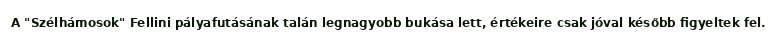
A "Szélhámosok" Fellini pályafutásának talán legnagyobb bukása lett, értékeire csak jóval később figyeltek fel.